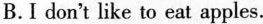
B.I don't like to eat apples.